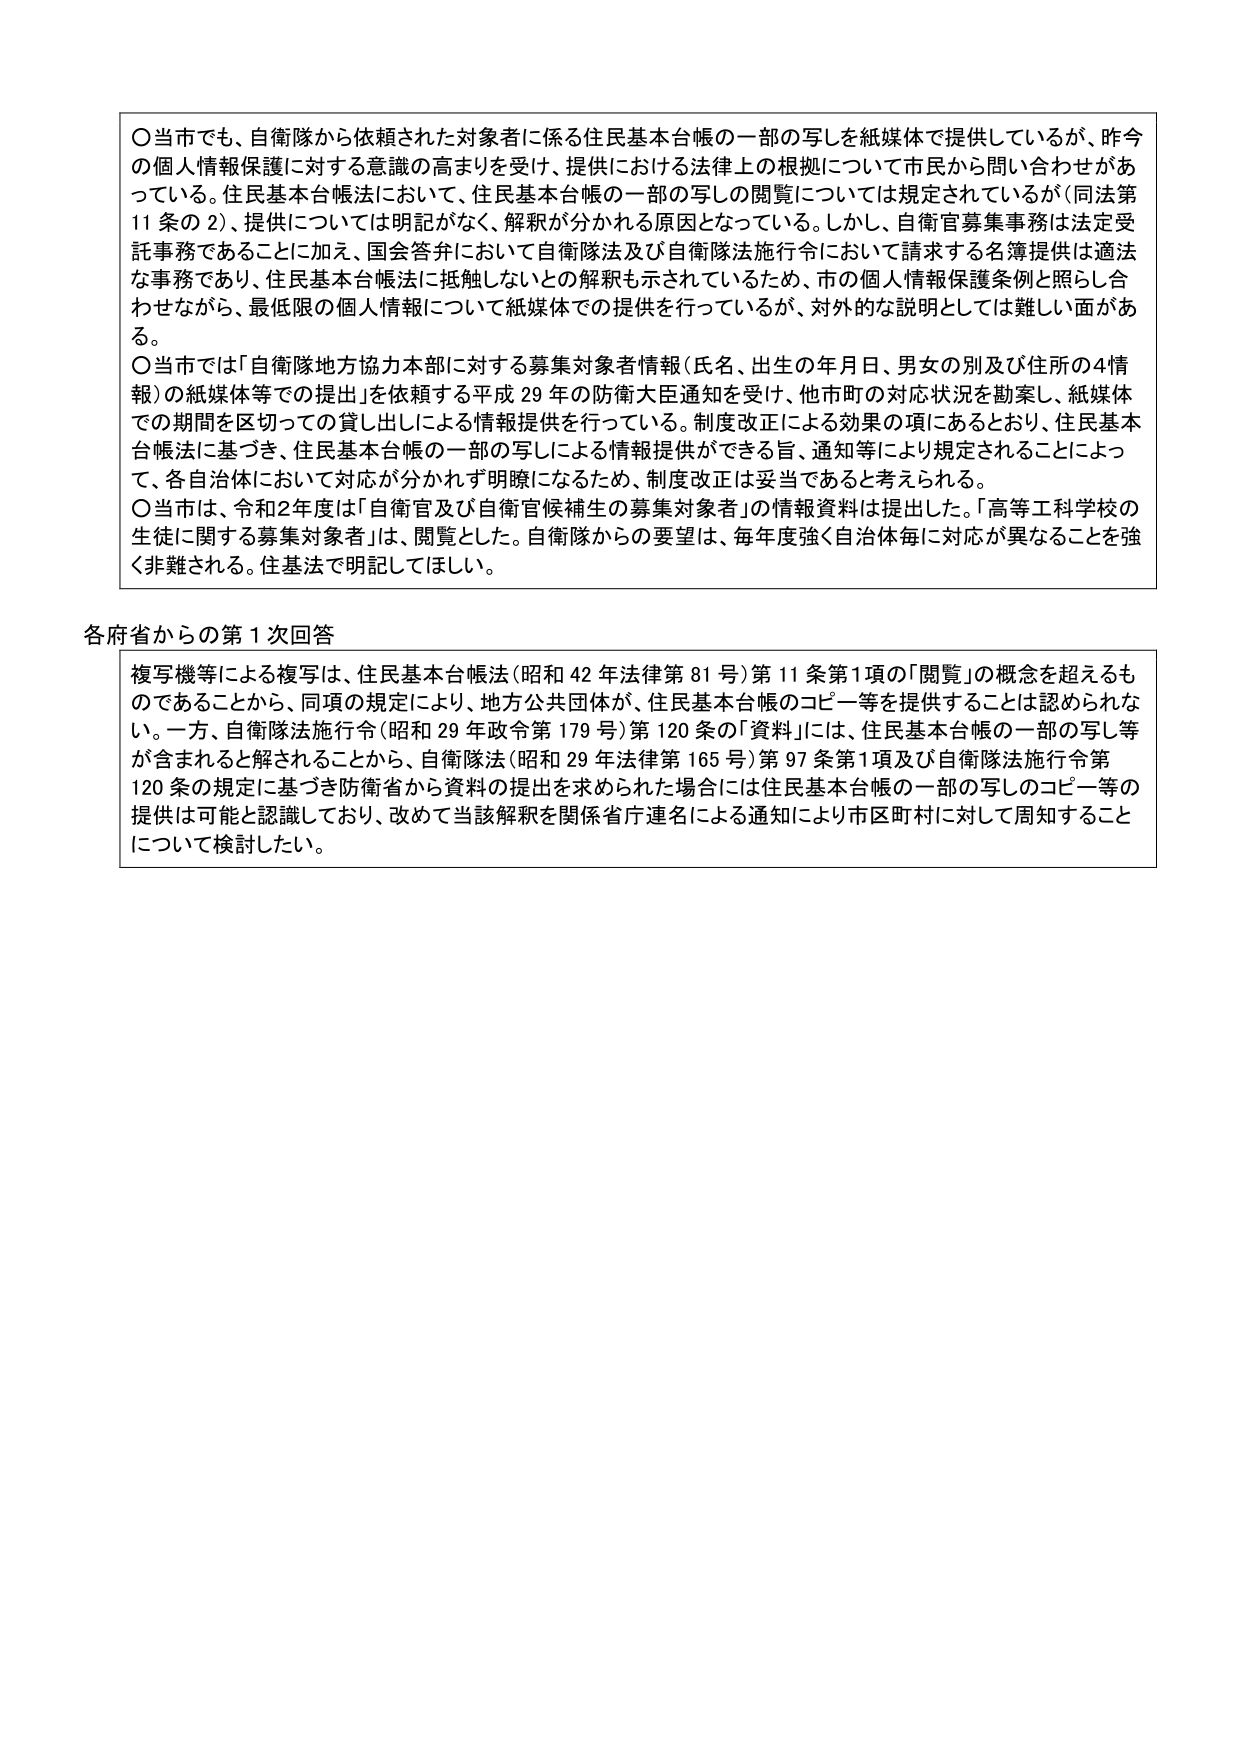
〇当市でも、自衛隊から依頼された対象者に係る住民基本台帳の一部の写しを紙媒体で提供しているが、昨今の個人情報保護に対する意識の高まりを受け、提供における法律上の根拠について市民から問い合わせがある。住民基本台帳法において、住民基本台帳の一部の写しの閲覧については規定されているが（同法第11条の2）、提供については明記がなく、解釈が分かれる原因となっている。しかし、自衛官募集事務は法定受託事務であることに加え、国会答弁において自衛隊法及び自衛隊法施行令において請求する名簿提供は適法な事務であり、住民基本台帳法に抵触しないとの解釈も示されているため、市の個人情報保護条例と照らし合わせながら、最低限の個人情報について紙媒体での提供を行っているが、対外的な説明としては難しい面がある。

〇当市では「自衛隊地方協力本部に対する募集対象者情報（氏名、出生の年月日、男女の別及び住所の4情報）の紙媒体等での提出」を依頼する平成29年の防衛大臣通知を受け、他市町の対応状況を勘案し、紙媒体での期間を区切っての貸し出しによる情報提供を行っている。制度改正による効果の項にあるとおり、住民基本台帳法に基づき、住民基本台帳の一部の写しによる情報提供ができる旨、通知等により規定されることによって、各自治体において対応が分かれず明瞭になるため、制度改正は妥当であると考えられる。

〇当市は、令和2年度は「自衛官及び自衛官候補生の募集対象者」の情報資料は提出した。「高等工科学校の生徒に関する募集対象者」は、閲覧とした。自衛隊からの要望は、毎年度強く自治体毎に対応が異なることを強く非難される。住基法で明記してほしい。

各府省からの第1次回答

複写機等による複写は、住民基本台帳法（昭和42年法律第81号）第11条第1項の「閲覧」の概念を超えるものであることから、同項の規定により、地方公共団体が、住民基本台帳のコピー等を提供することは認められない。一方、自衛隊法施行令（昭和29年政令第179号）第120条の「資料」には、住民基本台帳の一部の写し等が含まれると解されることから、自衛隊法（昭和29年法律第165号）第97条第1項及び自衛隊法施行令第120条の規定に基づき防衛省から資料の提出を求められた場合には住民基本台帳の一部の写しのコピー等の提供は可能と認識しており、改めて当該解釈を関係省庁連名による通知により市区町村に対して周知することについて検討したい。